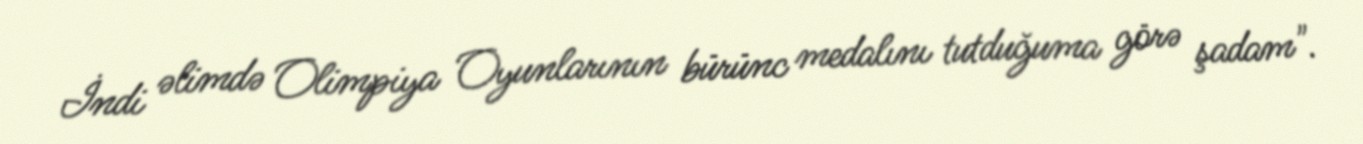
İndi əlimdə Olimpiya Oyunlarının bürünc medalını tutduğuma görə şadam".